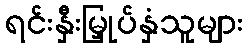
ရင်းနှီးမြှုပ်နှံသူများ